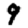
Digit: 9